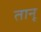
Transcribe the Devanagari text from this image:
तानू